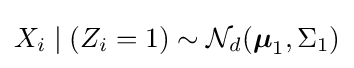
X_{i}\mid (Z_{i}=1)\sim {\mathcal {N}}_{d}({\boldsymbol {\mu }}_{1},\Sigma _{1})